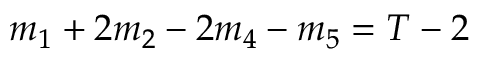
\begin{array} { r } { m _ { 1 } + 2 m _ { 2 } - 2 m _ { 4 } - m _ { 5 } = T - 2 } \end{array}